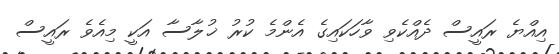
އިއްޔެ ރައީސް ދެއްކެވި ވާހަކައިގެ އެންމެ ކުރު ޚުލާސާ އަކީ މިއެވެ ރައީސް